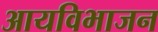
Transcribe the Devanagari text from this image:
आयविभाजन